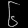
Digit: ၆